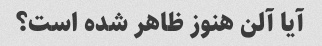
آیا آلن هنوز ظاهر شده است؟